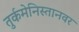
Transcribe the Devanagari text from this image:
तुर्कमेनिस्तानवर